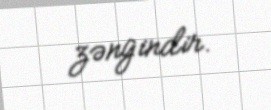
zəngindir.